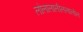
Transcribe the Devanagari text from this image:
लोलालालीललालोल